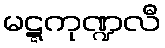
မဋ္ဋကုဏ္ဍလီ